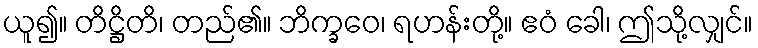
ယူ၍။ တိဋ္ဌိတိ၊ တည်၏။ ဘိက္ခဝေ၊ ရဟန်းတို့။ ဧဝံ ခေါ၊ ဤသို့လျှင်။